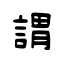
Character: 謂